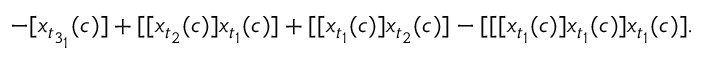
- [ x _ { t _ { 3 _ { 1 } } } ( c ) ] + [ [ x _ { t _ { 2 } } ( c ) ] x _ { t _ { 1 } } ( c ) ] + [ [ x _ { t _ { 1 } } ( c ) ] x _ { t _ { 2 } } ( c ) ] - [ [ [ x _ { t _ { 1 } } ( c ) ] x _ { t _ { 1 } } ( c ) ] x _ { t _ { 1 } } ( c ) ] .